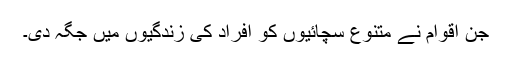
جن اقوام نے متنوع سچائیوں کو افراد کی زندگیوں میں جگہ دی۔